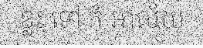
ខ្លះ ទៅ កុំ អាល័យ